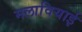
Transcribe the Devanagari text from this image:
मलावियाई